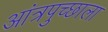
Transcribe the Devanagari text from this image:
आंत्रपुच्छाला